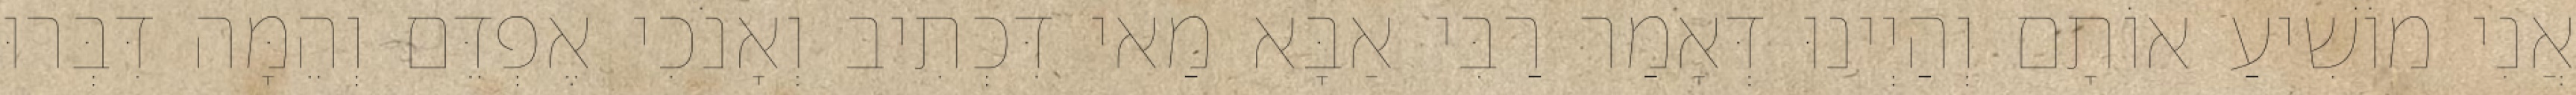
אֲנִי מוֹשִׁיעַ אוֹתָם וְהַיְינוּ דְּאָמַר רַבִּי אַבָּא מַאי דִּכְתִיב וְאָנֹכִי אֶפְדֵּם וְהֵמָּה דִּבְּרוּ